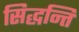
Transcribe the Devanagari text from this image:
सिद्धन्ति